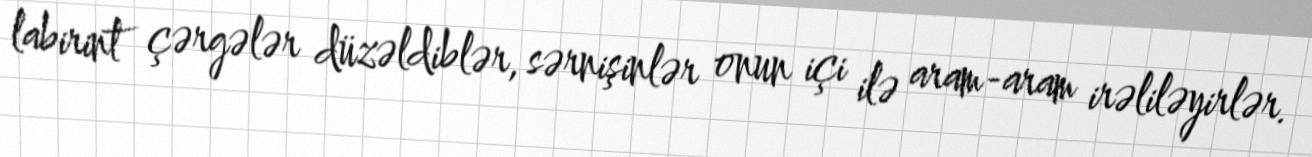
labirint çərgələr düzəldiblər, sərnişinlər onun içi ilə aram-aram irəliləyirlər.